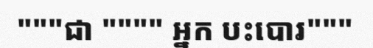
"""ជា """" អ្នក បះបោរ"""